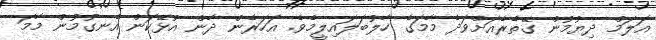
އަލަމް ދިޔުމުން ގޭތެރެއަށްވަދެ މާމަގެ ހާލުބަލައިލީމެވެ. އަހަރެން ދާން އުޅޭކަން އެނގުމުން މާމަ